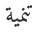
تنمية